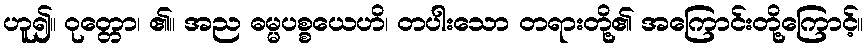
ဟူ၍။ ဝုတ္တော၊ ၏။ အည ဓမ္မပစ္စယေဟိ၊ တပါးသော တရားတို့၏ အကြောင်းတို့ကြောင့်။